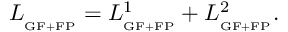
L _ { _ { \mathrm { G F + F P } } } = L _ { _ { \mathrm { G F + F P } } } ^ { 1 } + L _ { _ { \mathrm { G F + F P } } } ^ { 2 } .